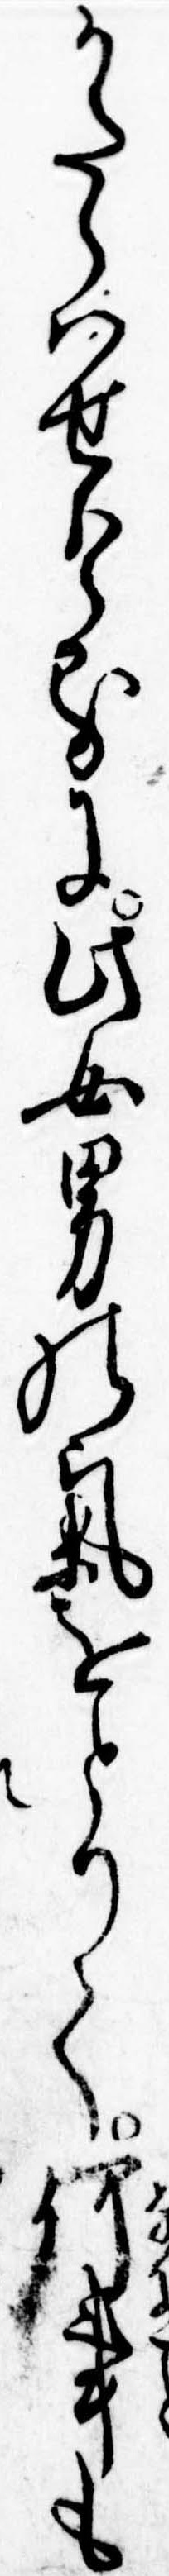
かたらはせけるに此女男の気をとりて何事も